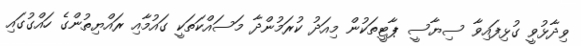
ވިދާޅުވީ ގުޅިފައިވާ ސިޔާސީ ޕާޓީތަކުން މިއަދު ކުރަމުންދާ މަސައްކަތަކީ ގައުމާއި ރައްޔިތުންގެ ހައްގުގައި